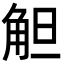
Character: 觛